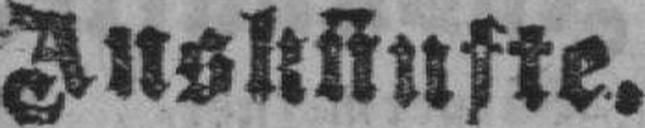
Auskünfte.